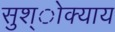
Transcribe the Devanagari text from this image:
सुश्ोक्याय